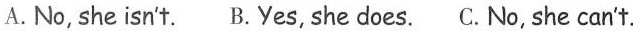
A.No, she isn't. B.Ves, she does. C.No, she can't.